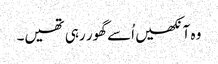
وہ آنکھیں اُسے گھور رہی تھیں۔